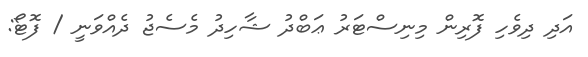
އަދި ދިވެހި ފޮރިން މިނިސްޓަރު ޢަބްދު ޝާހިދު މެސެޖު ދެއްވަނީ / ފޮޓޯ: